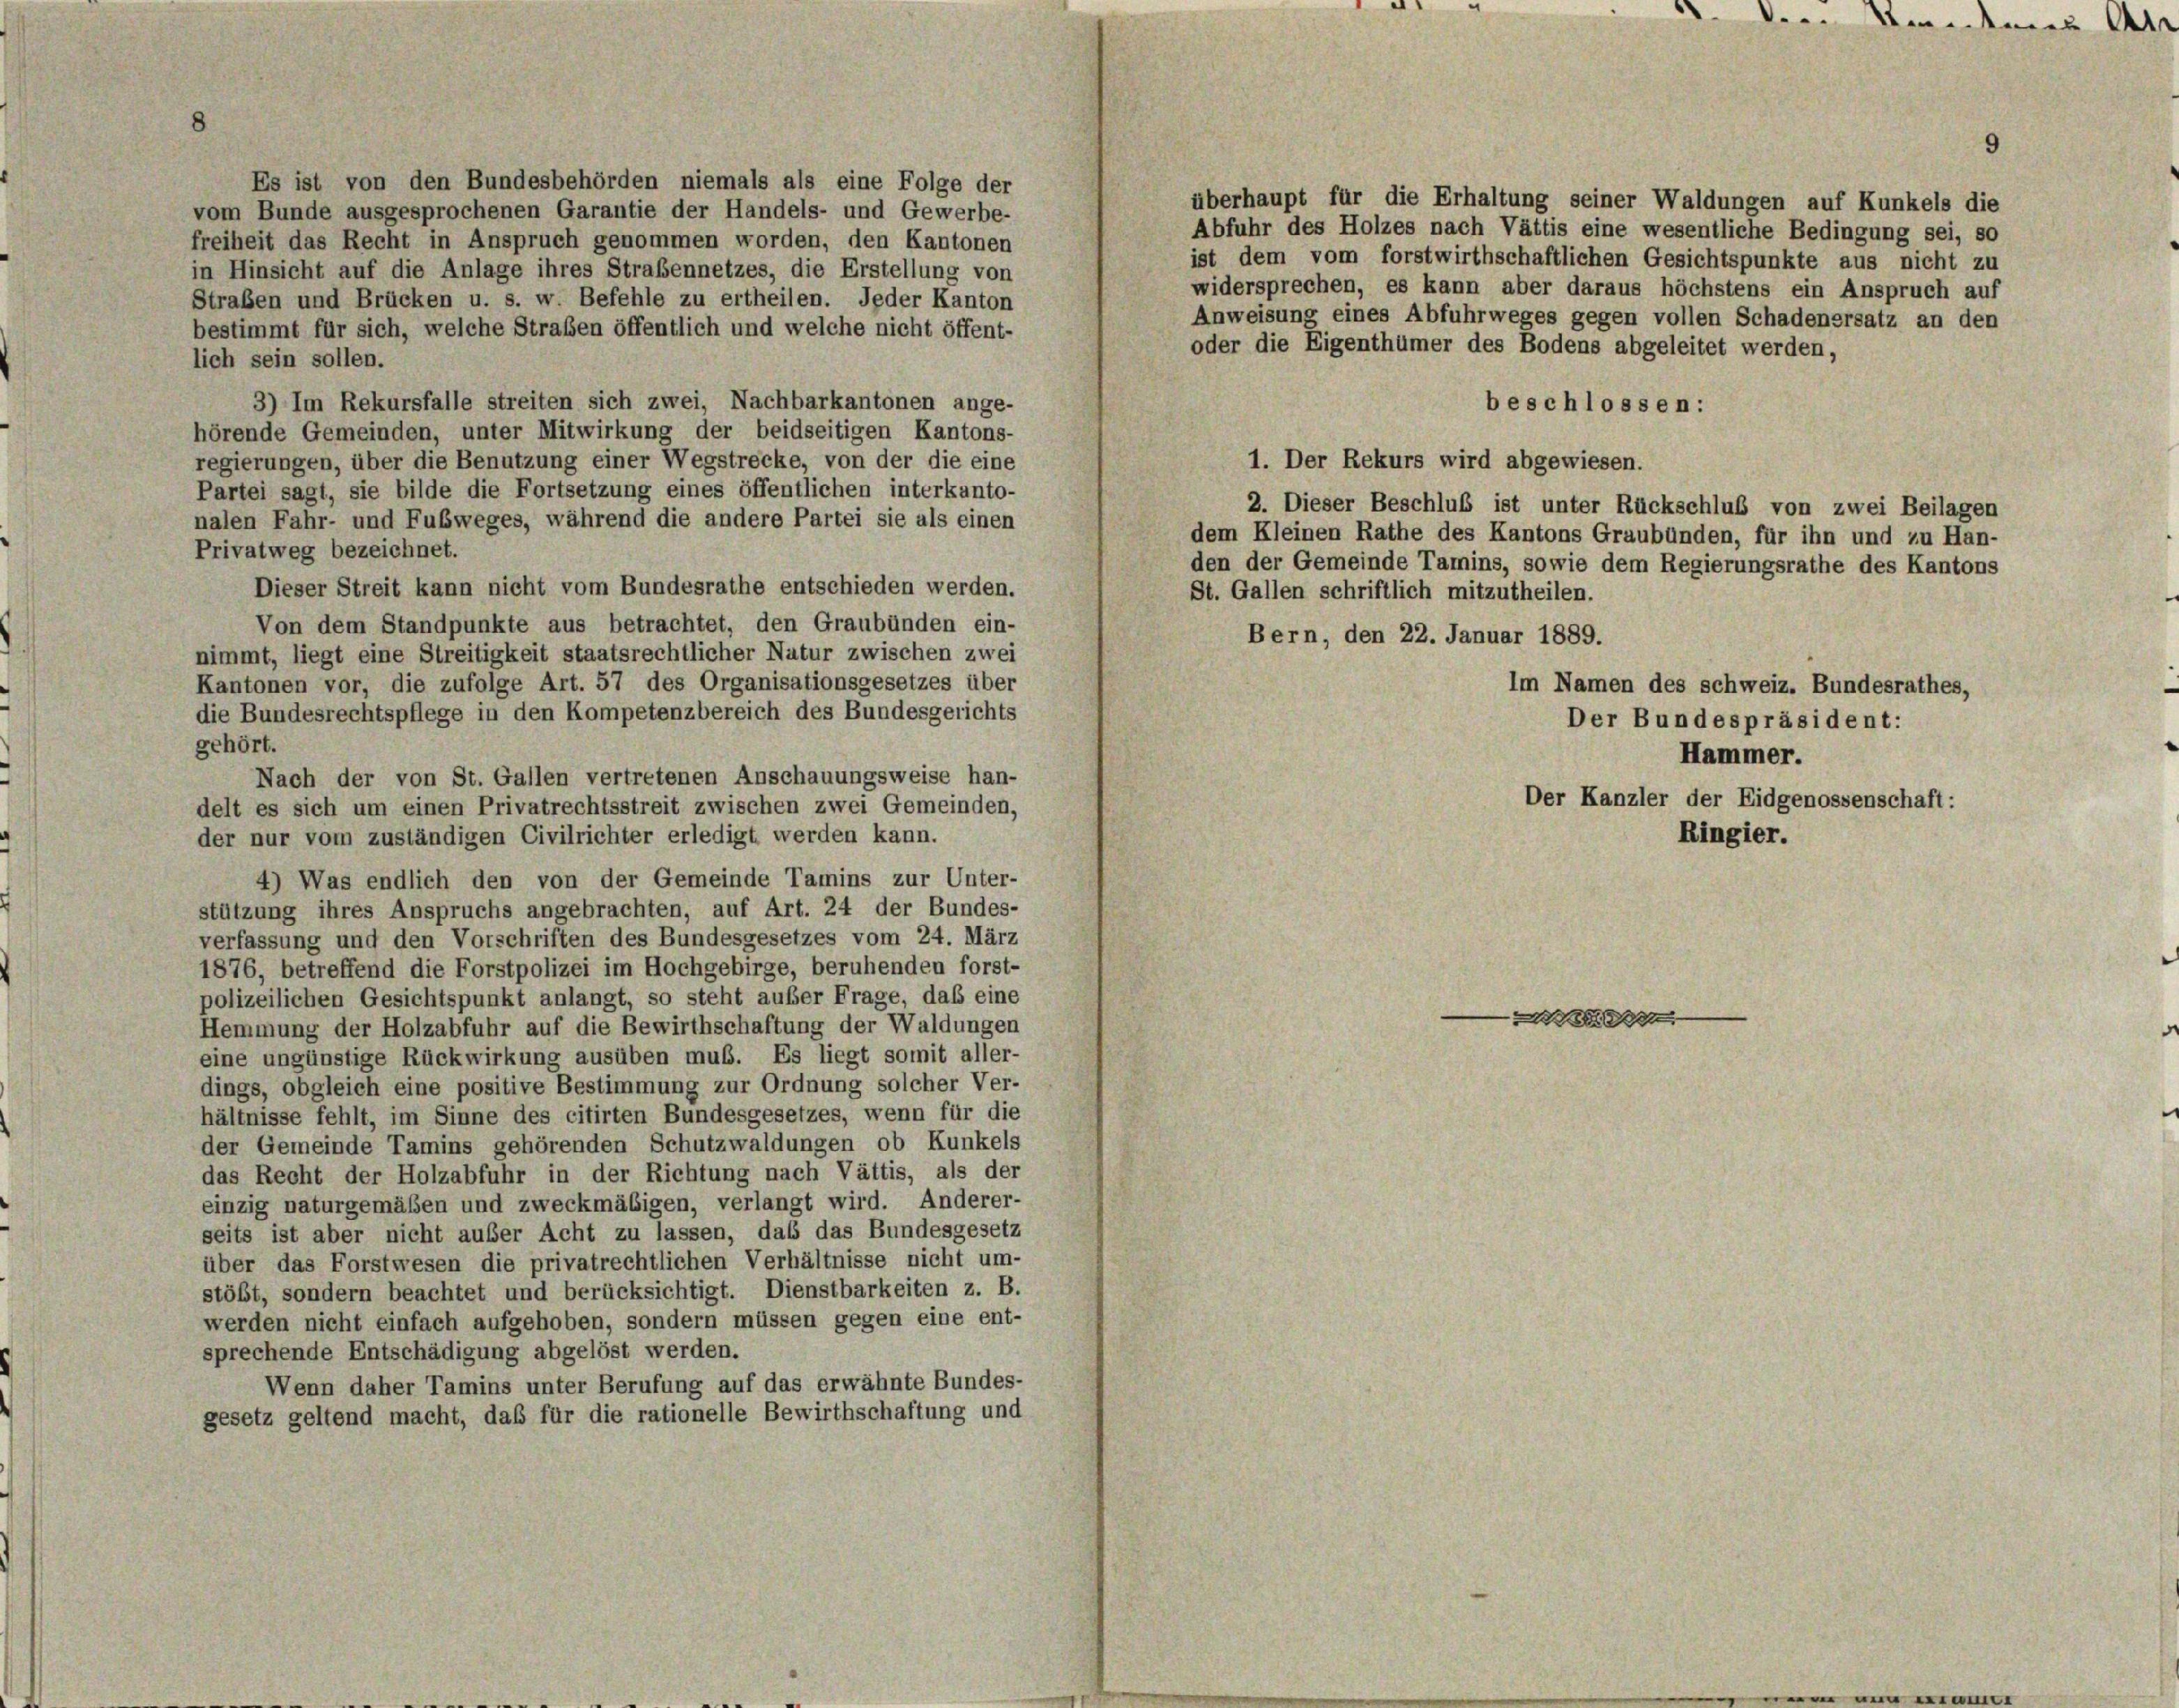
Es ist von den Bundesbehörden niemals als eine Folge der
überhaupt für die Erhaltung seiner Waldungen auf Kunkels die
vom Bunde ausgesprochenen Garantie der Handels- und Gewerbe-
Abfuhr des Holzes nach Vättis eine wesentliche Bedingung sei, so
freiheit das Recht in Anspruch genommen worden, den Kantonen
ist dem vom forstwirthschaftlichen Gesichtspunkte aus nicht zu
in Hinsicht auf die Anlage ihres Straßennetzes, die Erstellung von
widersprechen, es kann aber daraus höchstens ein Anspruch auf
Straßen und Brücken u. s. w. Befehle zu ertheilen. Jeder Kanton
Anweisung eines Abfuhrweges gegen vollen Schadenersatz an den
bestimmt für sich, welche Straßen öffentlich und welche nicht öffent-
oder die Eigenthümer des Bodens abgeleitet werden,
lich sein sollen.
3) Im Rekursfalle streiten sich zwei, Nachbarkantonen ange-
beschlossen:
hörende Gemeinden, unter Mitwirkung der beidseitigen Kantons-
regierungen, über die Benutzung einer Wegstrecke, von der die eine
1. Der Rekurs wird abgewiesen.
Partei sagt, sie bilde die Fortsetzung eines öffentlichen interkanto-
2. Dieser Beschluß ist unter Rückschluß von zwei Beilagen
nalen Fahr- und Fubweges, während die andere Partei sie als einen
dem Kleinen Rathe des Kantons Graubünden, für ihn und zu Han-
Privatweg bezeichnet.
den der Gemeinde Tamins, sowie dem Regierungsrathe des Kantons
Dieser Streit kann nicht vom Bundesrathe entschieden werden.
St. Gallen schriftlich mitzutheilen.
Von dem Standpunkte aus betrachtet, den Graubünden ein-
Bern, den 22. Januar 1889.
nimmt, liegt eine Streitigkeit staatsrechtlicher Natur zwischen zwei
Kantonen vor, die zufolge Art. 57 des Organisationsgesetzes über
Im Namen des schweiz. Bundesrathes,
die Bundesrechtspflege in den Kompetenzbereich des Bundesgerichts
Der Bundespräsident:
gehört.
Hammer.
Nach der von St. Gallen vertretenen Anschauungsweise han-
Der Kanzler der Eidgenossenschaft:
delt es sich um einen Privatrechtsstreit zwischen zwei Gemeinden,
Ringier.
der nur vom zuständigen Civilrichter erledigt werden kann.
4) Was endlich den von der Gemeinde Tamins zur Unter-
stützung ihres Anspruchs angebrachten, auf Art. 24 der Bundes-
verfassung und den Vorschriften des Bundesgesetzes vom 24. März
1876, betreffend die Forstpolizei im Hochgebirge, beruhenden forst-
polizeilichen Gesichtspunkt anlangt, so steht außer Frage, daß eine

Hemmung der Holzabfuhr auf die Bewirthschaftung der Waldungen
eine ungünstige Rückwirkung ausüben muß. Es liegt somit aller-
dings, obgleich eine positive Bestimmung zur Ordnung solcher Ver-
hältnisse fehlt, im Sinne des citirten Bundesgesetzes, wenn für die
der Gemeinde Tamins gehörenden Schutzwaldungen ob Kunkels
das Recht der Holzabfuhr in der Richtung nach Vättis, als der
einzig naturgemäßen und zweckmäßigen, verlangt wird. Anderer-
seits ist aber nicht außer Acht zu lassen, das das Bundesgesetz
über das Forstwesen die privatrechtlichen Verhältnisse nicht um-
stößt, sondern beachtet und berücksichtigt. Dienstbarkeiten z. B.
werden nicht einfach aufgehoben, sondern müssen gegen eine ent-
sprechende Entschädigung abgelöst werden.
Wenn daher Tamins unter Berufung auf das erwähnte Bundes-
gesetz geltend macht, daß für die rationelle Bewirthschaftung und

4

.. Andenen A

9